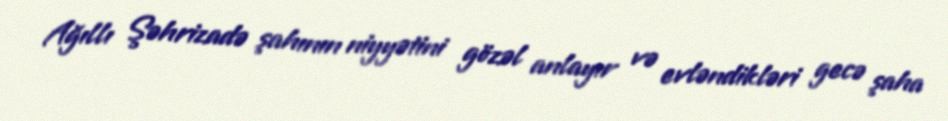
Ağıllı Şəhrizadə şahının niyyətini gözəl anlayır və evləndikləri gecə şaha